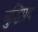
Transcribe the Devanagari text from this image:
बुद्धिप्रद